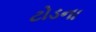
ટોડના